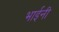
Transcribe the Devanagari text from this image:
भाईनी